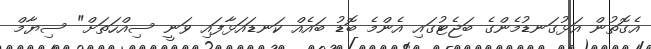
އެގޮތުން އަޅުގަނޑުމެންގެ ބަޖެޓުގައި އެންމެ ބޮޑު ބައެއް ކަނޑައަޅާފައި ވަނީ ސިއްހަތަށް" ސިޔާމް